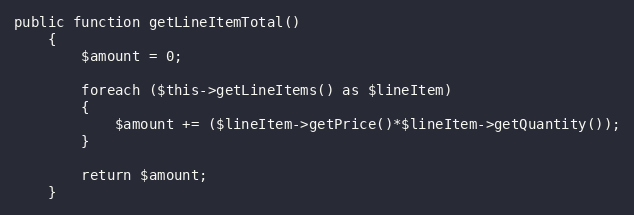
Language: PHP
public function getLineItemTotal()
    {
        $amount = 0;

        foreach ($this->getLineItems() as $lineItem)
        {
            $amount += ($lineItem->getPrice()*$lineItem->getQuantity());
        }

        return $amount;
    }